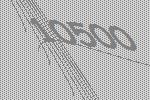
10500